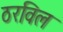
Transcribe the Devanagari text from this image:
ठरविल